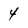
Character: 4